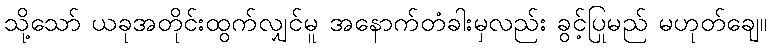
သို့သော် ယခုအတိုင်းထွက်လျှင်မူ အနောက်တံခါးမှလည်း ခွင့်ပြုမည် မဟုတ်ချေ။